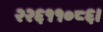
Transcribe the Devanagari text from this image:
२२६११०८६।